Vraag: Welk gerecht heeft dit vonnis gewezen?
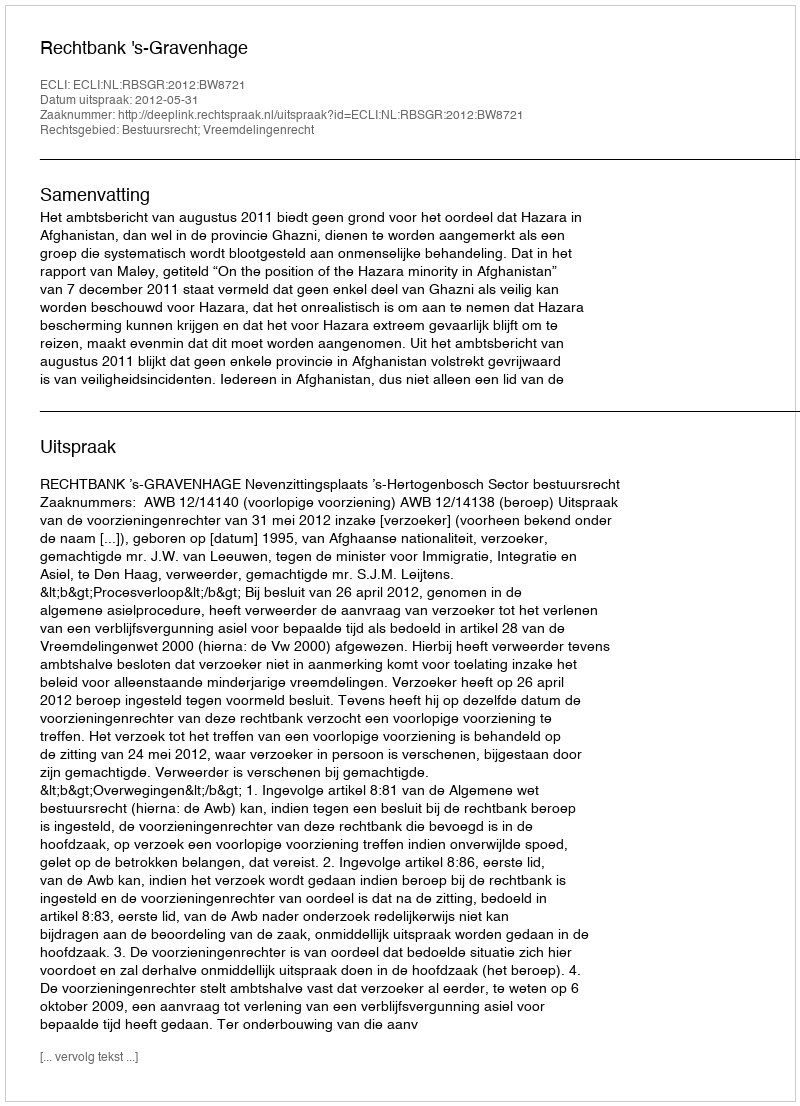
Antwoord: Rechtbank 's-Gravenhage